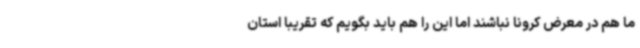
ما هم در معرض کرونا نباشند اما این را هم باید بگویم که تقریبا استان